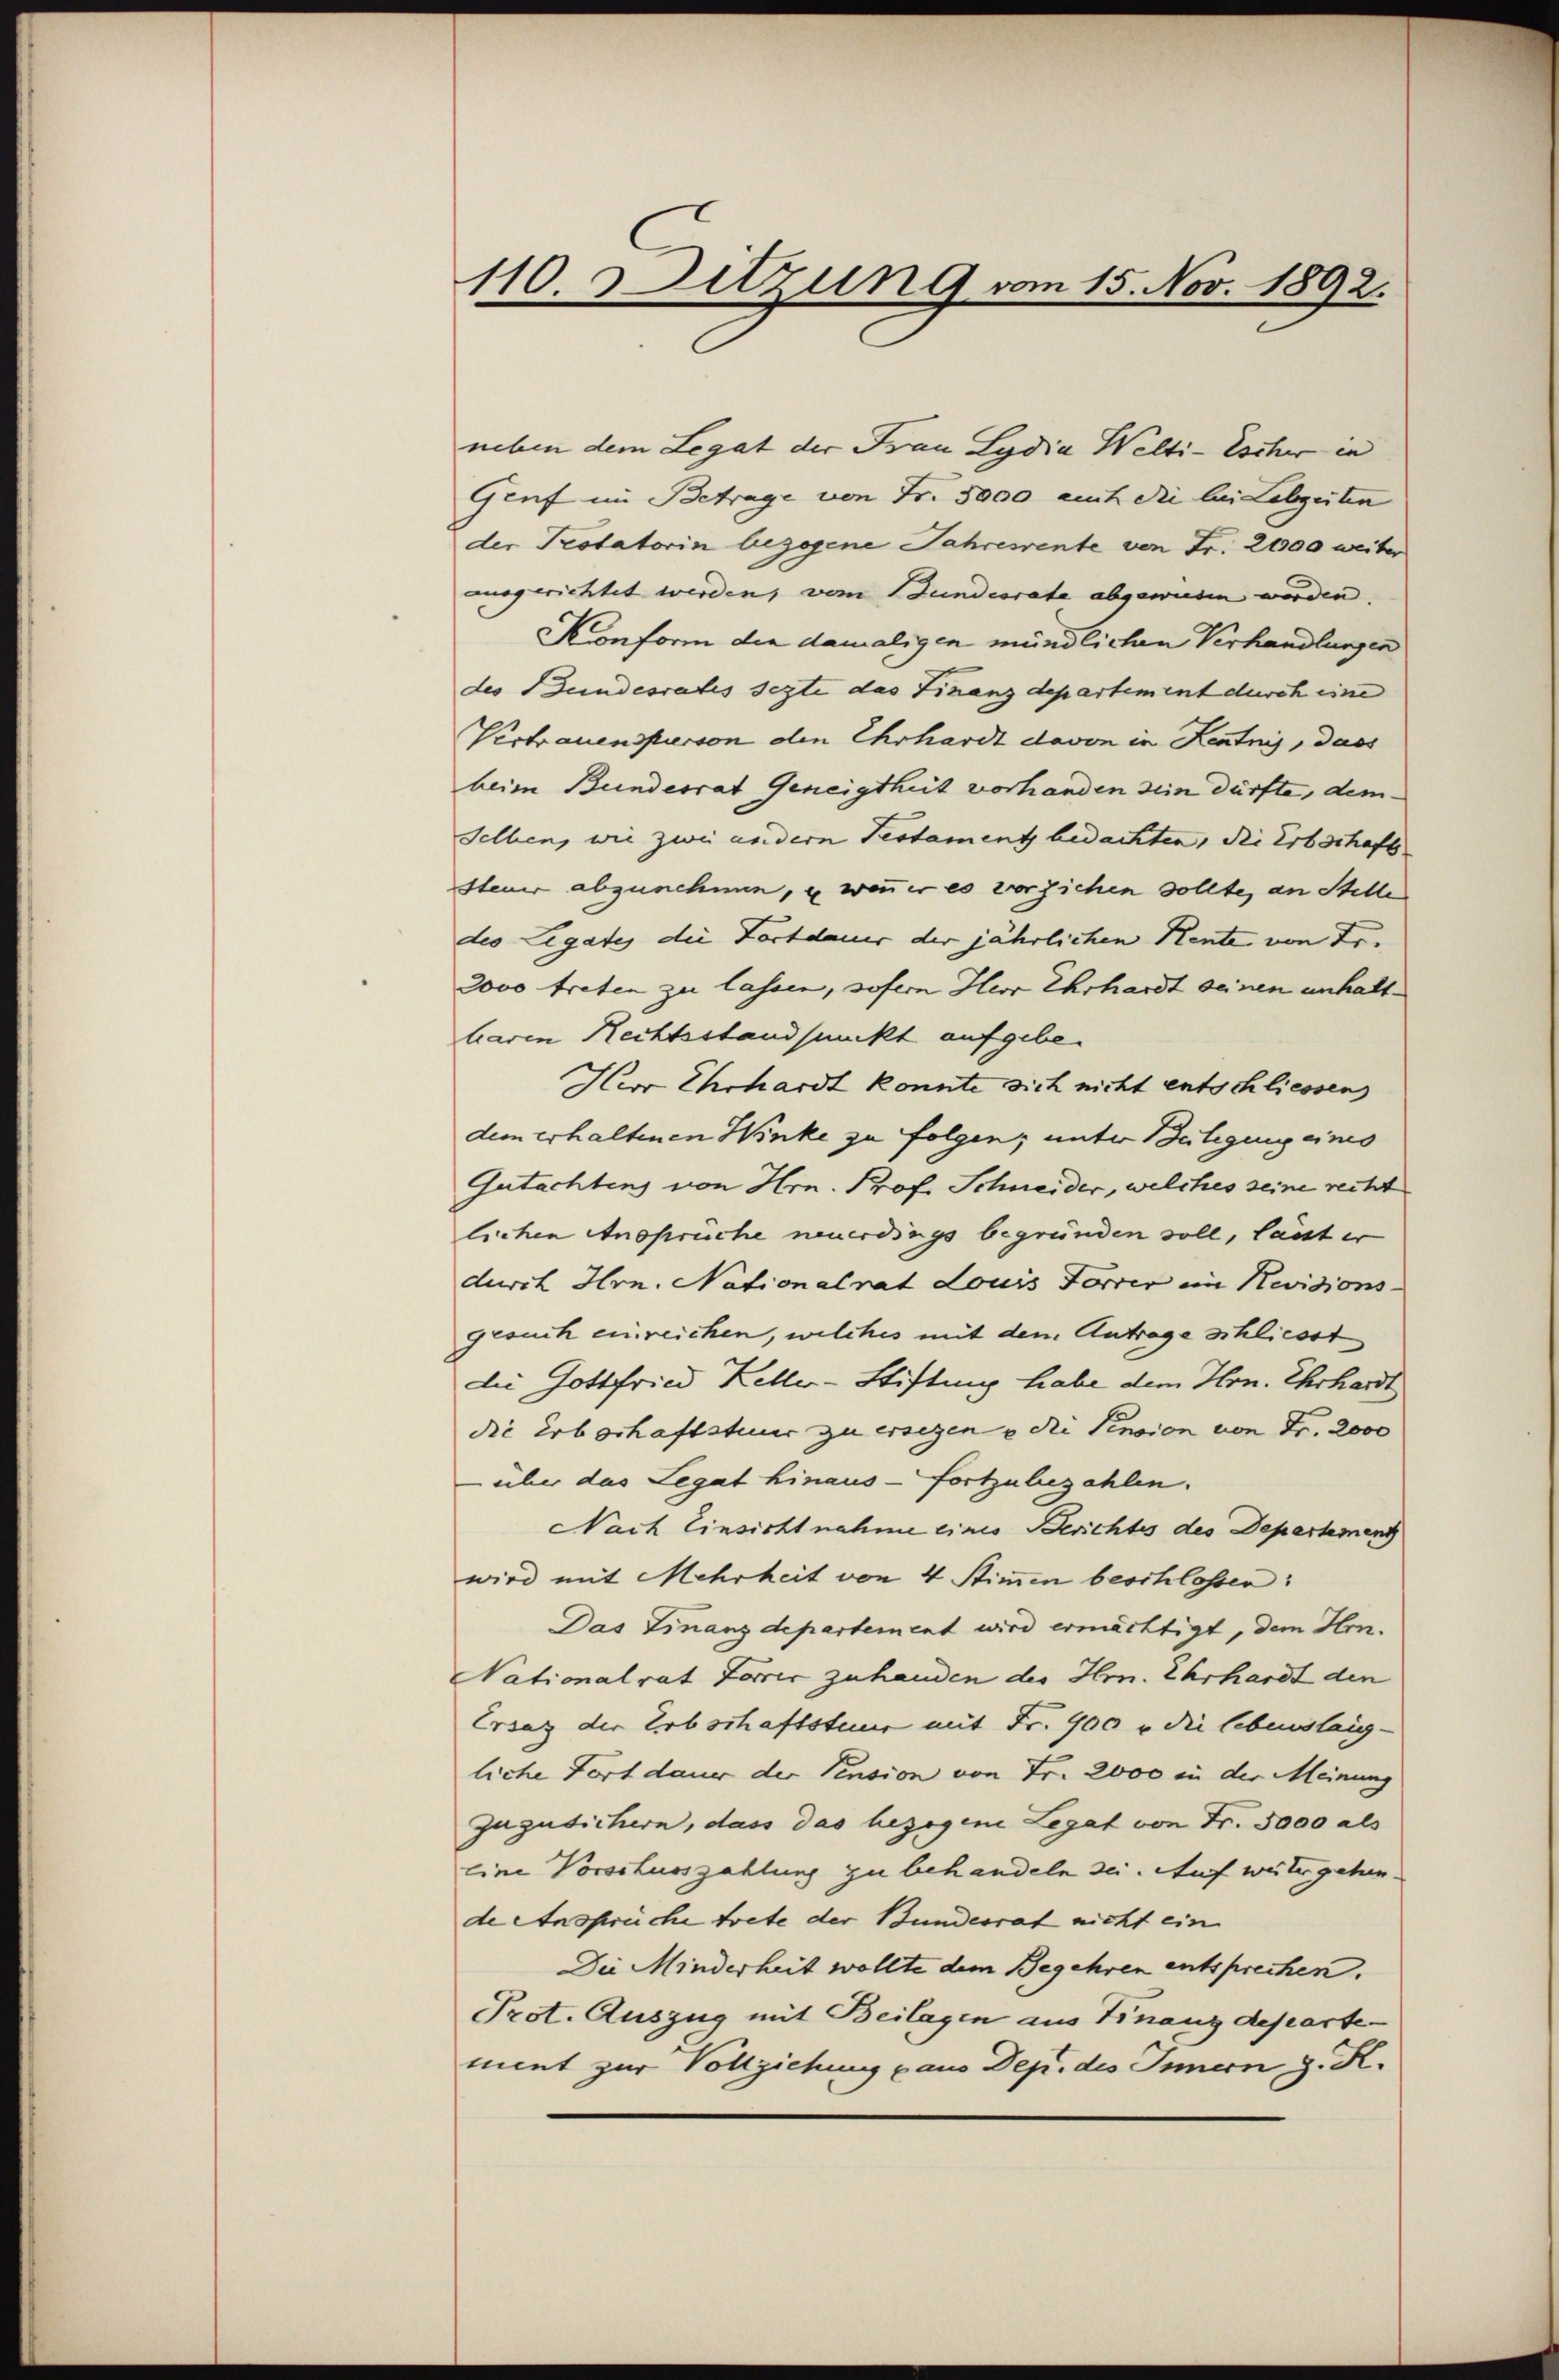
110. Ditzung vom 15. Nov. 1892.

neben dem Legat der Frau Lydia Welti-Escher in
Genf im Betrage von Fr. 5000 auch die bei Lebzeiten
der Protatorin bezogene Jahresrente von Fr. 2000 weiter
aogerichtet werden, vom Bundesrate abgewiesen wurden.
Konform die damaligen mündlichen Verhandlungen
des Bundesrates sezte das Finanzdepartement durch eine
Vertrauensperson den Ehrhardt davon in Kentnis, dass
beim Bundesrat Geneigtheit vorhanden dem dürfte, demselben, wie zwei andern Testament bedachten, die Erbschaft
Steuer abzunehmen, u wenn er es vorziehen sollte, an Stelle
des Legates die Fortdauer der jährlichen Kente von Fr.
2000 treten zu lassen, sofern Herr Ehrhardt seinen unhaltbaren Rechtsstandpunkt aufgeben
Her Ehrhardt konnte sich nicht entschliessen
dem erhaltenen Winke zu folgen; unter Bestigung eines
Gutachtens von Hrn. Prof. Schneider, welches seine recht
lichen Ansprüche neuerdings begründen soll, lasst er
durch Hrn. Nationalrat Louis Forrer im Revisions-
gesuch einreichen, welches mit dem Antrage schliesst
Die Gottfried Keller-Stiftung habe dem Hrn. Ehrhardt
die Erbschaftsteur zu ersegen u die Pension von Fr. 2000
über das Legat hinaus fortzubezahlen.
Nach Einsicht nahme eines Berichtes des Departement
wird mit Mehrheit von 4 Stimmen beschlossen:
Das Finanzdepartement wird ermächtigt, dem Hon¬
Nationalrat Fores zuhanden des Hrn. Ehrhardt den
Ersatz der Erbschaftsteur mit Fr. 900 u. die lebenslang-
liche Fortdauer der Pension von Fr. 2000 in der Meinung
zugutichern, dass das bezogene Legat von Fr. 3000 als
eine Vorschusszahlung zu behandeln sei. Auf weitergehen
de Anspreche trete der Bundesrat nicht ein
Die Minderheit wollte dem Begehren entsprechen.
Prot. Auszug mit Beilagen aus Finanzdepartement zur Vollziehung pans Dep. des Innern z. K.